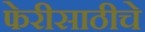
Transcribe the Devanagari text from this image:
फेरीसाठीचे